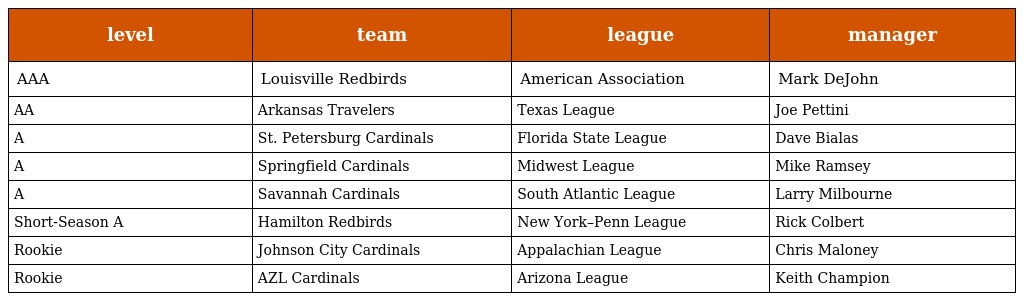
| level | team | league | manager |
 | --- | --- | --- | --- |
 | AAA | Louisville Redbirds | American Association | Mark DeJohn |
 | AA | Arkansas Travelers | Texas League | Joe Pettini |
 | A | St. Petersburg Cardinals | Florida State League | Dave Bialas |
 | A | Springfield Cardinals | Midwest League | Mike Ramsey |
 | A | Savannah Cardinals | South Atlantic League | Larry Milbourne |
 | Short-Season A | Hamilton Redbirds | New York–Penn League | Rick Colbert |
 | Rookie | Johnson City Cardinals | Appalachian League | Chris Maloney |
 | Rookie | AZL Cardinals | Arizona League | Keith Champion |